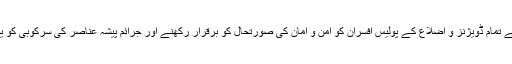
ان خدشات کا ادراک کرتے ہوئے آئی جی سندھ نے صوبے کے تمام ڈویژنز و اضلاع کے پولیس افسران کو امن و امان کی صورتحال کو برقرار رکھنے اور جرائم پیشہ عناصر کی سرکوبی کو یقینی بنانے کے لئے موثر اقدامات کرنے کے احکامات دیئے۔